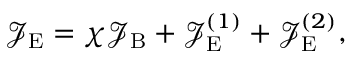
\mathcal { J } _ { \mathrm { E } } = \chi \mathcal { J } _ { \mathrm { B } } + \mathcal { J } _ { \mathrm { E } } ^ { ( 1 ) } + \mathcal { J } _ { \mathrm { E } } ^ { ( 2 ) } ,